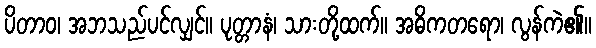
ပိတာဝ၊ အဘသည်ပင်လျှင်။ ပုတ္တာနံ၊ သားတို့ထက်။ အဓိကတရော၊ လွန်ကဲ၏။